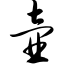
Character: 壶